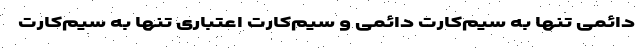
دائمی ‌تنها به سیم‌کارت دائمی‌ و سیم‌کارت اعتباری تنها به سیم‌کارت